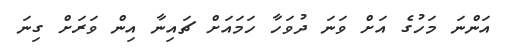
އަންނަ މަހުގެ އަށް ވަނަ ދުވަހާ ހަމައަށް ޗައިނާ އިން ވަރަށް ގިނަ